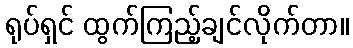
ရုပ်ရှင် ထွက်ကြည့်ချင်လိုက်တာ။